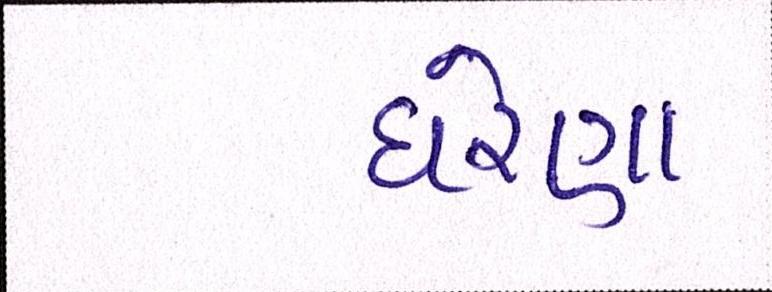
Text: ઘરેણા